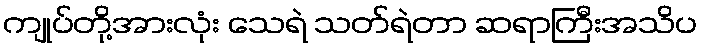
ကျုပ်တို့အားလုံး သေရဲ သတ်ရဲတာ ဆရာကြီးအသိပ